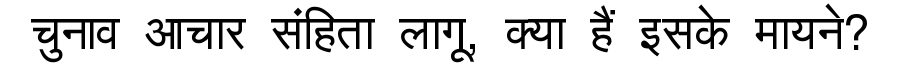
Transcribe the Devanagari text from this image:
चुनाव आचार संहिता लागू, क्या हैं इसके मायने?